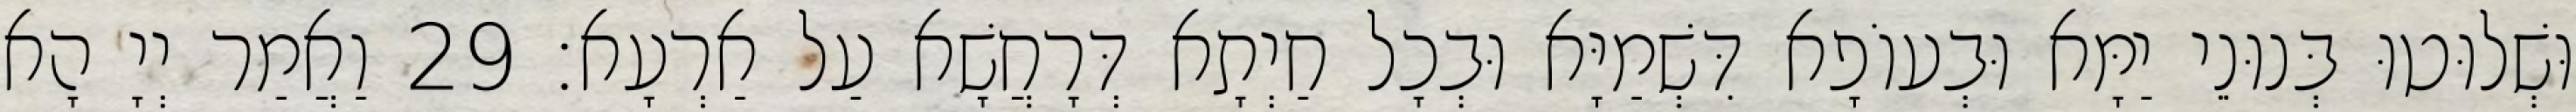
וּשְׁלוּטוּ בְּנוּנֵי יַמָּא וּבְעוֹפָא דִּשְׁמַיָּא וּבְכָל חַיְתָא דְּרָחֲשָׁא עַל אַרְעָא׃ 29 וַאֲמַר יְיָ הָא